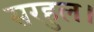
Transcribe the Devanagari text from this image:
सरहुल।